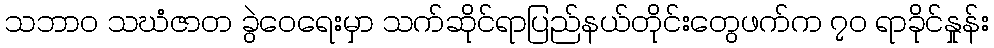
သဘာ၀ သဃံဇာတ ခွဲဝေရေးမှာ သက်ဆိုင်ရာပြည်နယ်တိုင်းတွေဖက်က ၇၀ ရာခိုင်နှုန်း